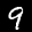
Label: 9